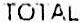
TOTAL